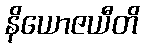
နိယောဇယီတိ